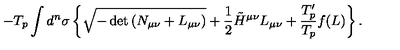
- T _ { p } \int d ^ { n } \sigma \left\{ \sqrt { - \det { \left( N _ { \mu \nu } + L _ { \mu \nu } \right) } } + \frac { 1 } { 2 } \tilde { H } ^ { \mu \nu } L _ { \mu \nu } + { \frac { T _ { p } ^ { \prime } } { T _ { p } } } f ( L ) \right\} .